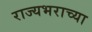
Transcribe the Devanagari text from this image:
राज्यभराच्या